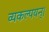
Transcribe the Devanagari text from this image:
व्यकल्पयन्।